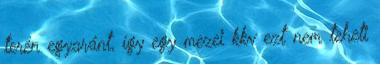
terén egyaránt, így egy mezei kkv ezt nem teheti